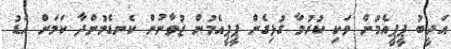
އަދީބު ޕީޕީއެމުން ވަކި ކުރުމާ ގުޅިގެން ޕީޕީއެމުން ޒުވާނުން ކެނޑެމުންދާ ކަމަށް އަޑު